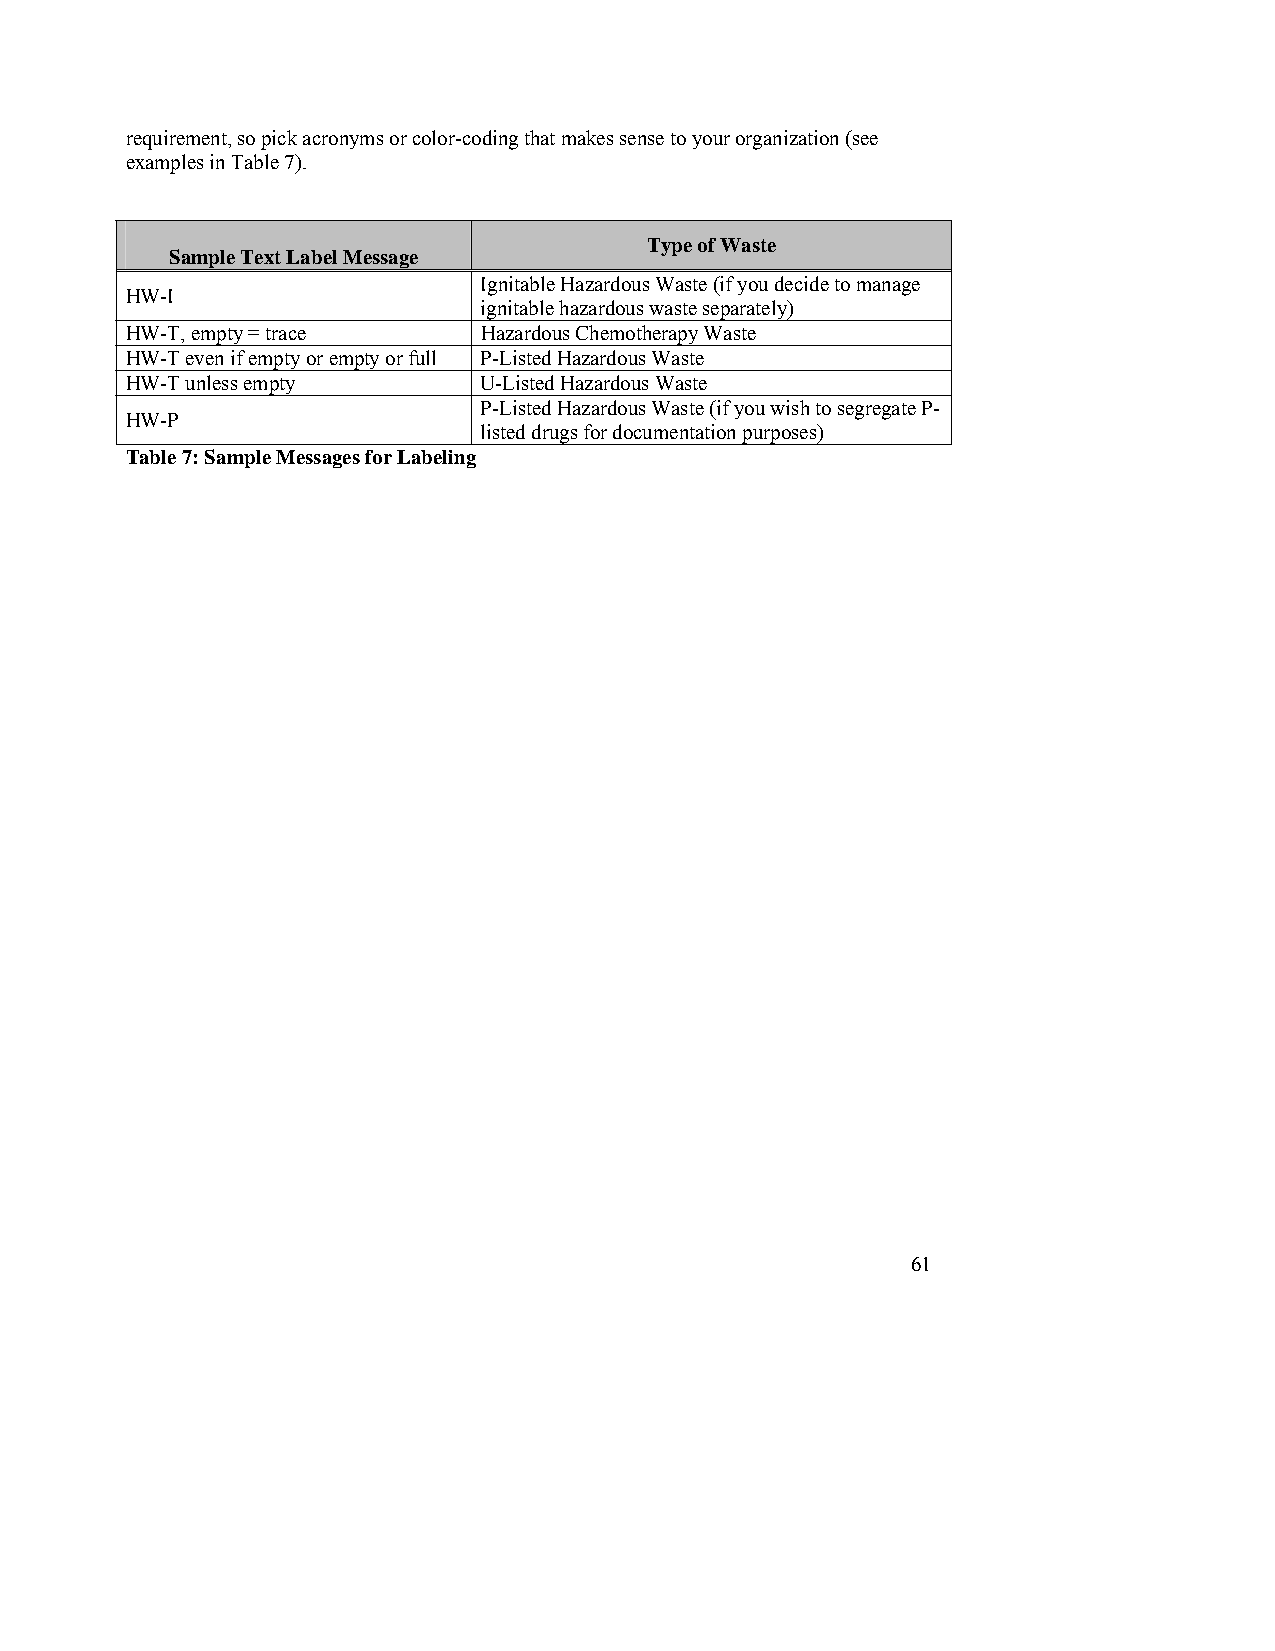
requirement, so pick acronyms or color-coding that makes sense to your organization (see
 examples in Table 7).
 Type of Waste
 Sample Text Label Message
 Ignitable Hazardous Waste (if you decide to manage
 HW-I
 ignitable hazardous waste separately)
 HW-T, empty = trace     Hazardous Chemotherapy Waste
 HW-T even if empty or empty or full P-Listed Hazardous Waste
 HW-T unless empty       U-Listed Hazardous Waste
 P-Listed Hazardous Waste (if you wish to segregate P-
 HW-P
 listed drugs for documentation purposes)
 Table 7: Sample Messages for Labeling
 61